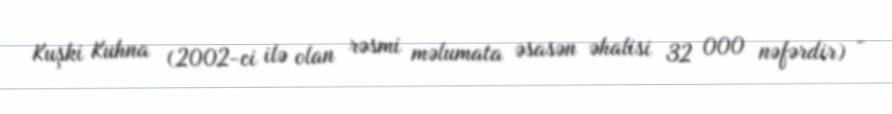
Kuşki Kuhna (2002-ci ilə olan rəsmi məlumata əsasən əhalisi 32 000 nəfərdir) -